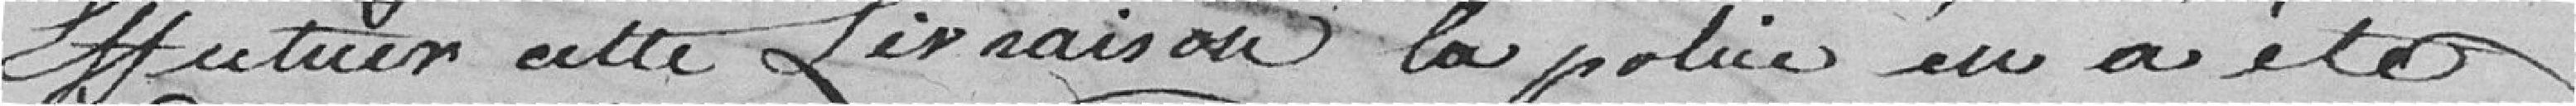
effectuer cette livraison, la police a été